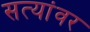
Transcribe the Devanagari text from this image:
सत्यांवर